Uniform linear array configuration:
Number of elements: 8
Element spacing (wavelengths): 0.25
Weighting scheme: exponential
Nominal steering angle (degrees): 30
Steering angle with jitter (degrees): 29.82
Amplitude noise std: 0.05
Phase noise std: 0.05

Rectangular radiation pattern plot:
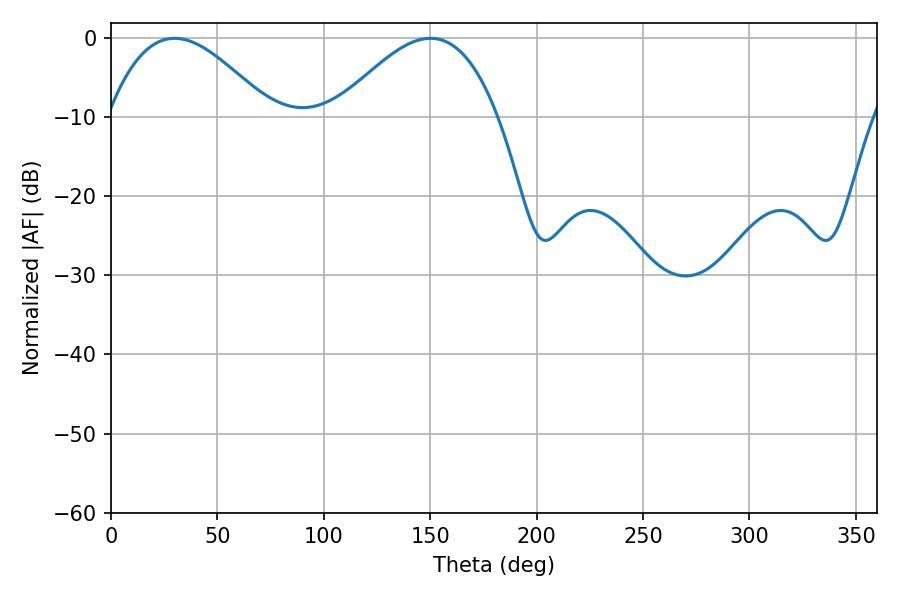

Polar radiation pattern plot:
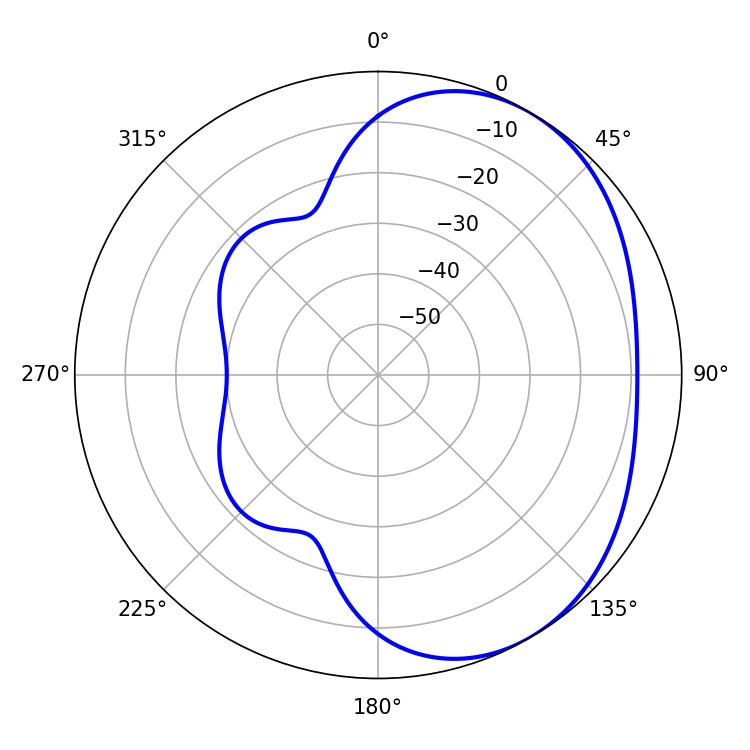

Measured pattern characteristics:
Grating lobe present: FALSE
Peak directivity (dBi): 3.517
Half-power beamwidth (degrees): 41.4
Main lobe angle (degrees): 29.88